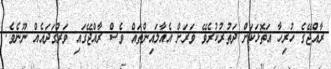
ރާއްޖޭގެ ހުރިހާ އަތޮޅަކަށް ދަތުރުކުރެވޭ ވަރަށް އެއާލައިންތައް ވެސް ރާއްޖޭގައި ވަރުގަދައެއް ނޫނެވެ.